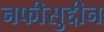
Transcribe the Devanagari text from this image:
नफीसुद्दीन